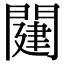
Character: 𨵭